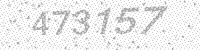
Solution: 473157